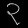
Digit: ၃